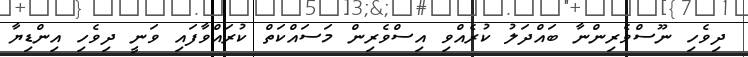
ދިވެހި ނޫސްވެރިންނާ ބައްދަލު ކުރެއްވި އިސްވެރިން މަސައްކަތް ކުރައްވާފައި ވަނީ ދިވެހި އިންޑިޔާ